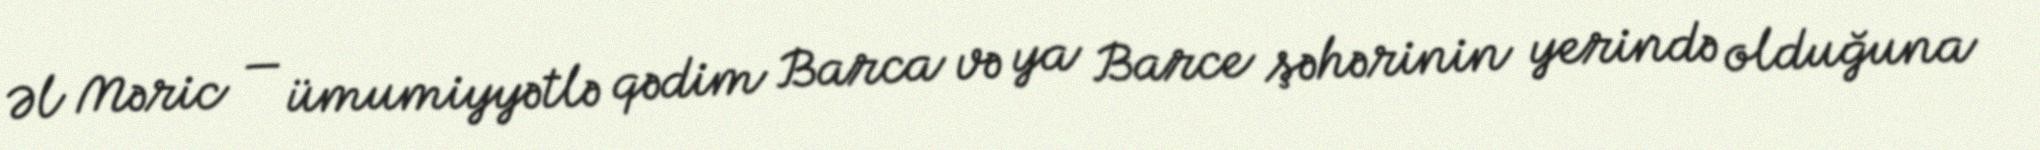
Əl Məric — ümumiyyətlə qədim Barca və ya Barce şəhərinin yerində olduğuna